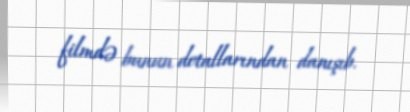
filmdə bunun detallarından danışıb.